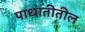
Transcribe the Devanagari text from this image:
पाधातीतील